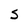
Character: S